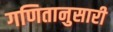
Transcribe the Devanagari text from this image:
गणितानुसारी